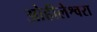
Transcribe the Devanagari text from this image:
ओहीलेश्वरा